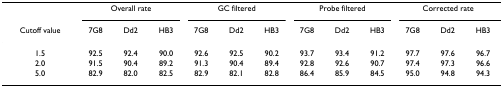
<table><thead><tr><td></td><td colspan="3"><b>Overall rate</b></td><td colspan="3"><b>GC filtered</b></td><td colspan="3"><b>Probe filtered</b></td><td colspan="3"><b>Corrected rate</b></td></tr><tr><td><b>Cutoff value</b></td><td><b>7G8</b></td><td><b>Dd2</b></td><td><b>HB3</b></td><td><b>7G8</b></td><td><b>Dd2</b></td><td><b>HB3</b></td><td><b>7G8</b></td><td><b>Dd2</b></td><td><b>HB3</b></td><td><b>7G8</b></td><td><b>Dd2</b></td><td><b>HB3</b></td></tr></thead><tbody><tr><td>1.5</td><td>92.5</td><td>92.4</td><td>90.0</td><td>92.6</td><td>92.5</td><td>90.2</td><td>93.7</td><td>93.4</td><td>91.2</td><td>97.7</td><td>97.6</td><td>96.7</td></tr><tr><td>2.0</td><td>91.5</td><td>90.4</td><td>89.2</td><td>91.3</td><td>90.4</td><td>89.4</td><td>92.8</td><td>92.6</td><td>90.7</td><td>97.4</td><td>97.3</td><td>96.6</td></tr><tr><td>5.0</td><td>82.9</td><td>82.0</td><td>82.5</td><td>82.9</td><td>82.1</td><td>82.8</td><td>86.4</td><td>85.9</td><td>84.5</td><td>95.0</td><td>94.8</td><td>94.3</td></tr></tbody></table>